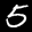
Label: 5